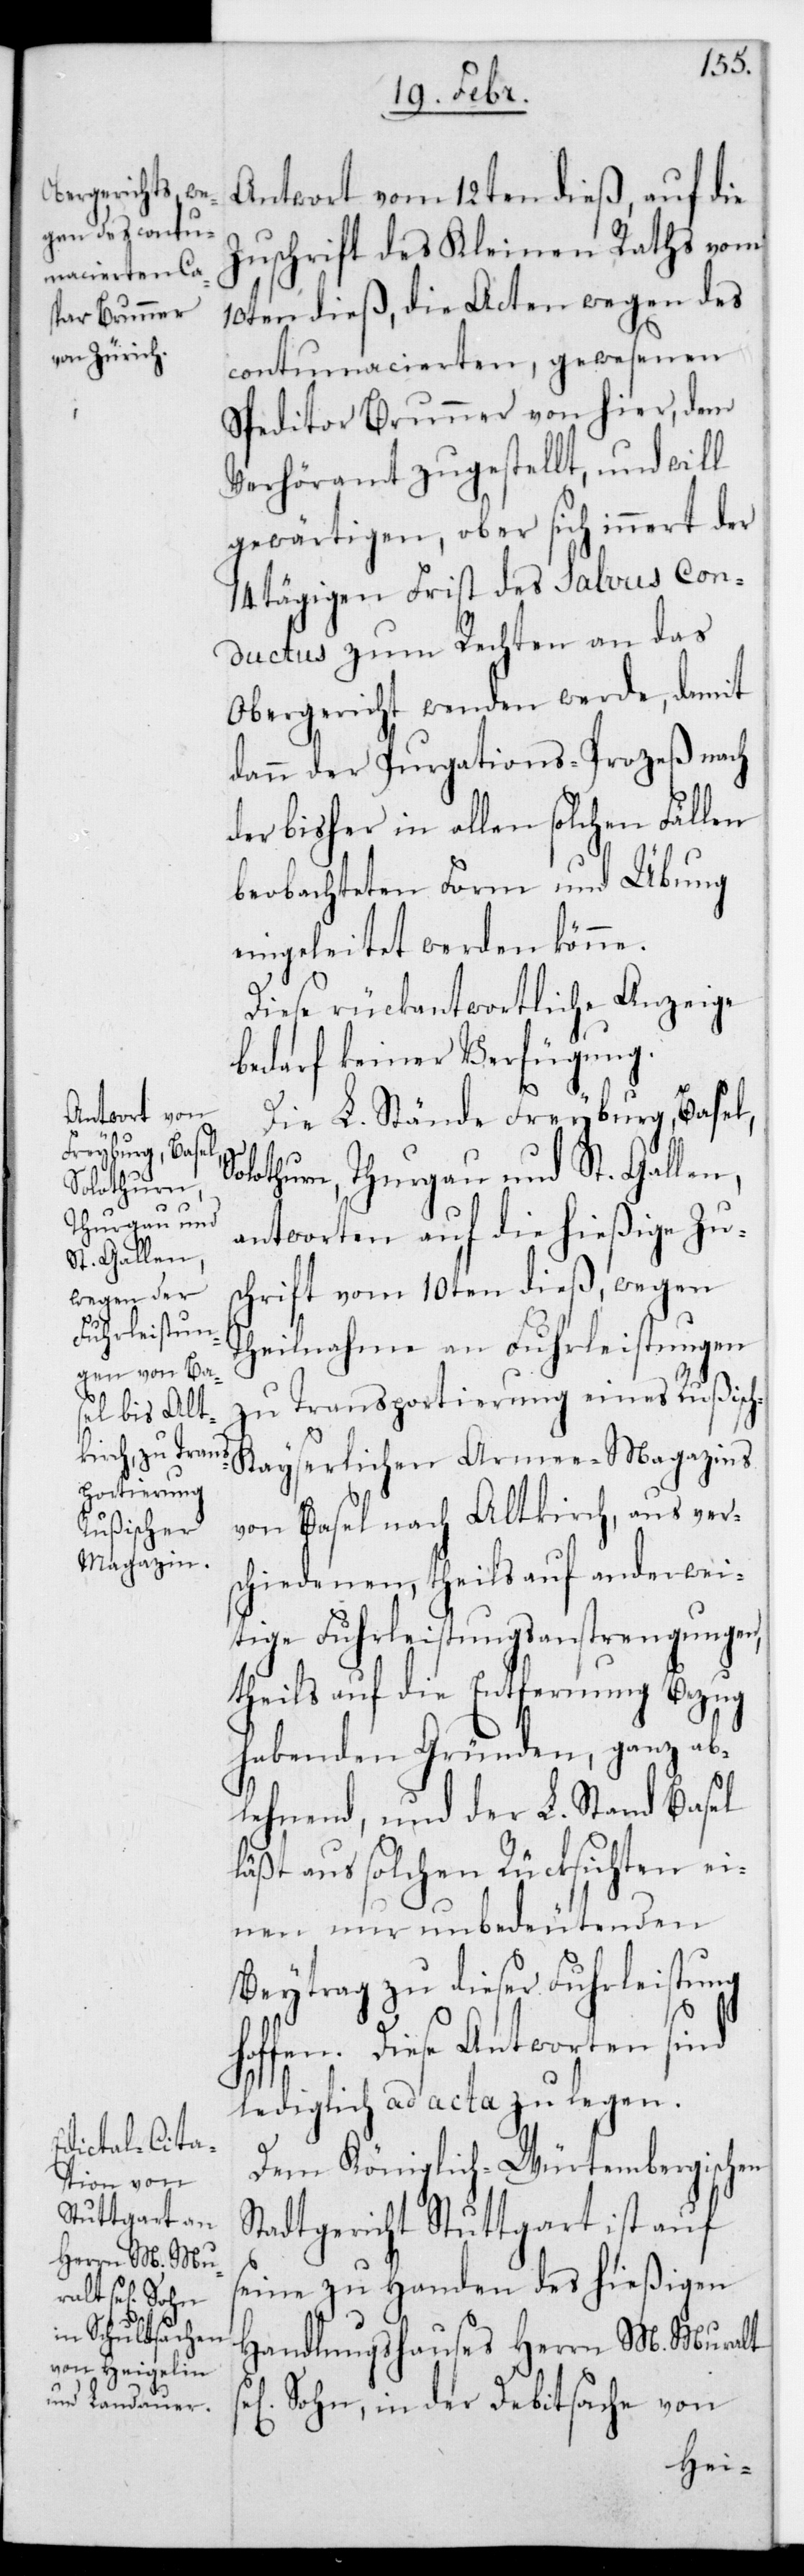
Antwort vom 12ten dieß, auf die
Zuschrift des Kleinen Raths vom
10ten dieß, die Acten wegen des
contumacierten, gewesenen
Speditor Brunner von hier, dem
Verhöramt zugestellt, und will
gewärtigen, ob er sich innert der
14 tägigen Frist des Salvus Con¬
ductus zum Rechten an das
Obergericht wenden werde, damit
dann der Purgations-Prozeß nach
der bisher in allen solchen Fällen
beobachteten Form und Übung
eingeleitet werden könne.
Diese rückantwortliche Anzeige
bedarf keiner Verfügung.
Die L. Stände Freyburg, Basel,
Solothurn, Thurgau und St. Gallen,
antworten auf die hießige Zu¬
schrift vom 10ten dieß, wegen
Theilnahme an Fuhrleistungen
zu Transportierung eines Rußisc¬
h-Kayserlichen Armee-Magazins
von Basel nach Altkirch, aus ver¬
schiedenen, theils auf anderwei¬
tige Fuhrleistungsanstrengungen,
theils auf die Entfernung Bezug
habenden Gründen, ganz ab¬
lehnend, und der L. Stand Basel
läßt aus solchen Rücksichten ei¬
nen nur unbedeutenden
Beytrag zu dieser Fuhrleistung
ffen. Diese Antworten sind
lediglich ad acta zu legen.
Dem Königlich-Würtembergischen
Stadtgericht Stuttgart ist auf
seine zu Handen des hießigen
Handlungshauses Herrn M. Muralt
Sohn, in der Debitsache von
ho¬